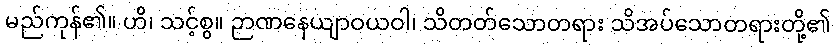
မည်ကုန်၏။ ဟိ၊ သင့်စွ။ ဉာဏနေယျာဝယဝါ၊ သိတတ်သောတရား သိအပ်သောတရားတို့၏